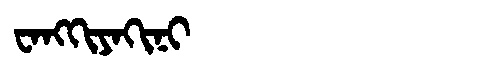
Manchu: ᠸᠠᠩᡴᡳᠶᠠᡴᡳᠨᡳ
Romanization: WANGKIYAKINI